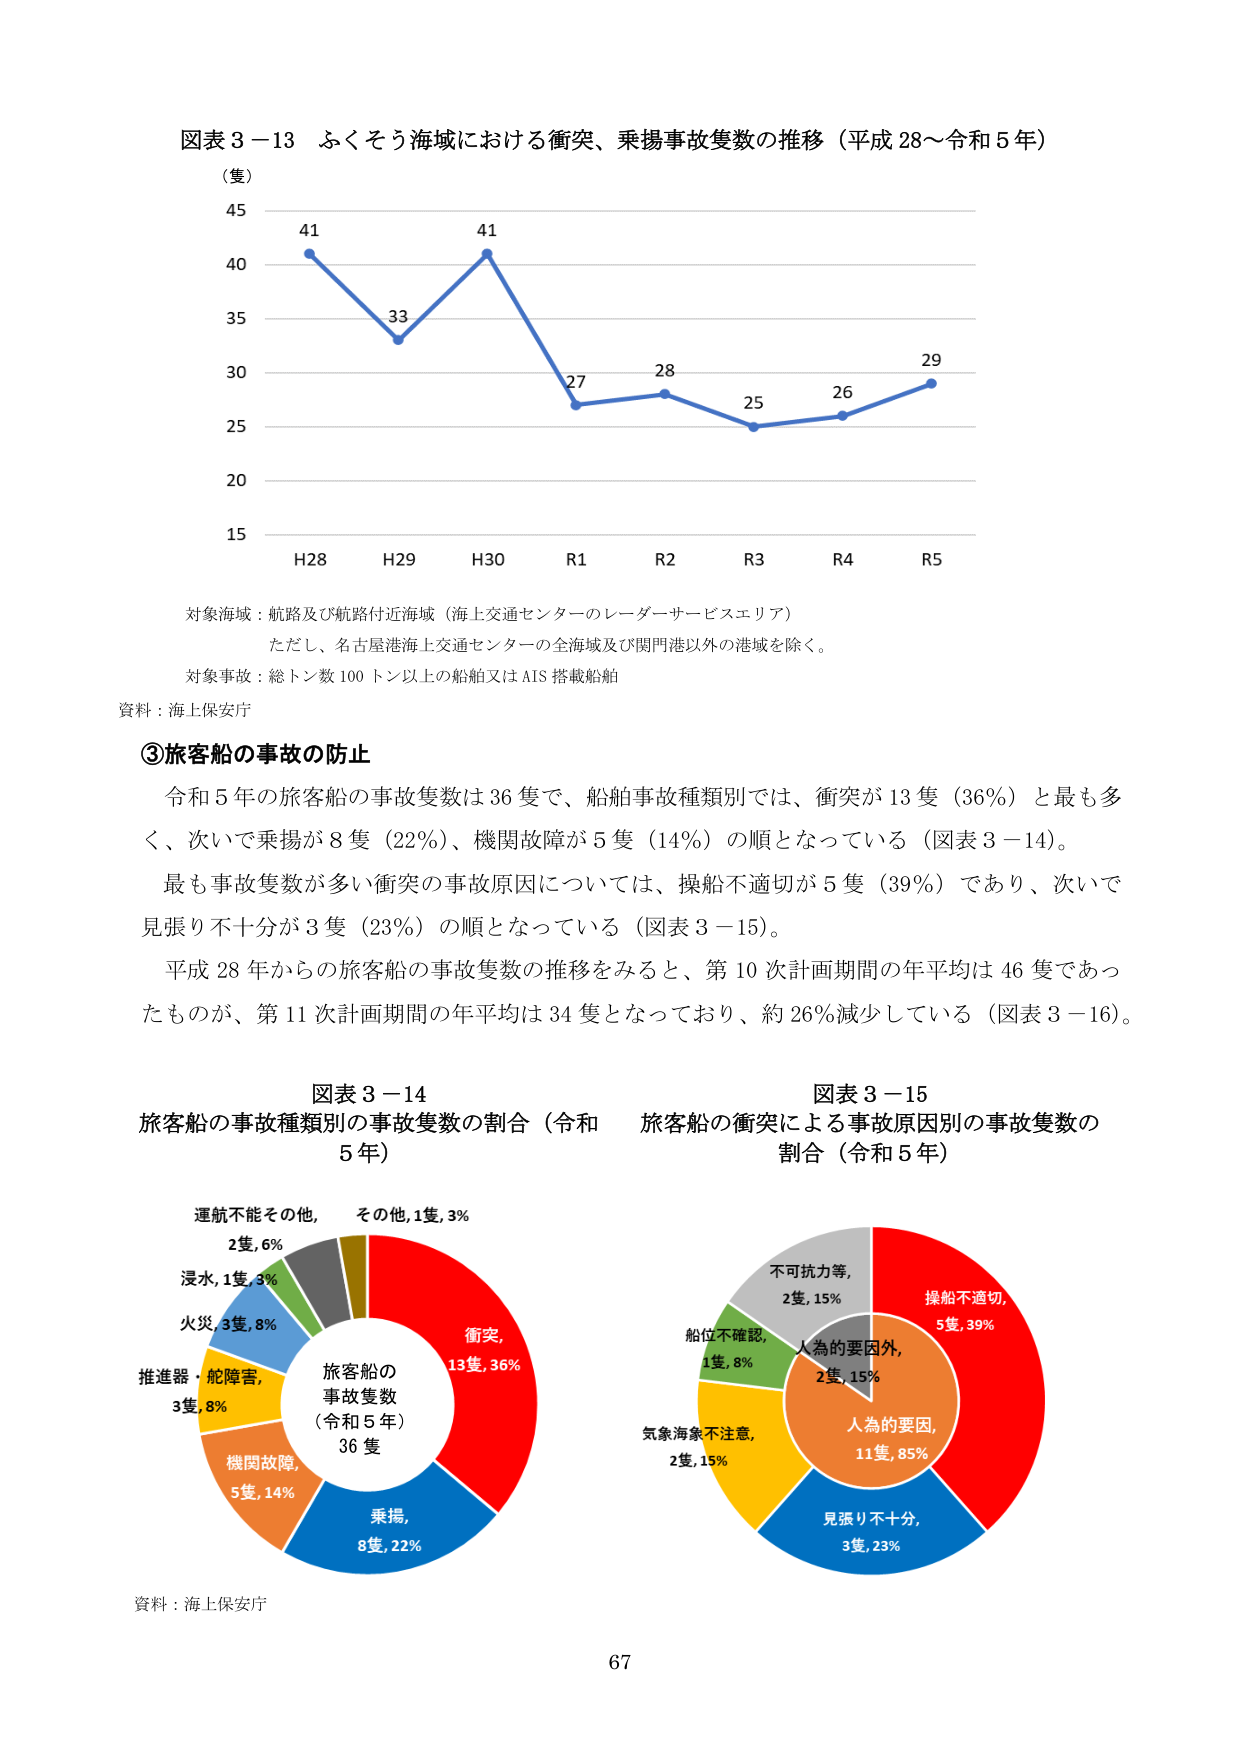
図表３－13 ふくそう海域における衝突、乗揚事故隻数の推移（平成28～令和5年）
（隻）
45
41
41
40
33
35
27
28
29
30
25
26
25
20
15
H28 H29 H30 R1 R2 R3 R4 R5

対象海域：航路及び航路付近海域（海上交通センターのレーダーサービスエリア）
ただし、名古屋港海上交通センターの全海域及び関門港以外の港域を除く。
対象事故：総トン数100トン以上の船舶又はAIS搭載船舶
資料：海上保安庁

③旅客船の事故の防止
令和5年の旅客船の事故隻数は36隻で、船舶事故種類別では、衝突が13隻（36％）と最も多く、次いで乗揚が8隻（22％）、機関故障が5隻（14％）の順となっている（図表3－14）。
最も事故隻数が多い衝突の事故原因については、操船不適切が5隻（39％）であり、次いで見張り不十分が3隻（23％）の順となっている（図表3－15）。
平成28年からの旅客船の事故隻数の推移をみると、第10次計画期間の年平均は46隻であったものが、第11次計画期間の年平均は34隻となっており、約26％減少している（図表3－16）。

図表3－14
旅客船の事故種類別の事故隻数の割合（令和5年）
運航不能その他, 2隻,6％
その他,1隻,3％
浸水,1隻,3％
火災,3隻,8％
推進器・舵障害, 3隻,8％
機関故障, 5隻,14％
乗揚, 8隻,22％
衝突, 13隻,36％
旅客船の事故隻数（令和5年）36隻
資料：海上保安庁

図表3－15
旅客船の衝突による事故原因別の事故隻数の割合（令和5年）
不可抗力等, 2隻,15％
操船不適切, 5隻,39％
人為的要因外, 2隻,15％
人為的要因, 11隻,85％
見張り不十分, 3隻,23％
気象海象不注意, 2隻,15％
船位不確認, 1隻,8％

67